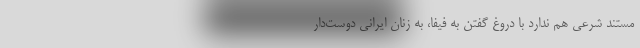
مستند شرعی هم ندارد با دروغ گفتن به فیفا، به زنان ایرانی دوست‌دار